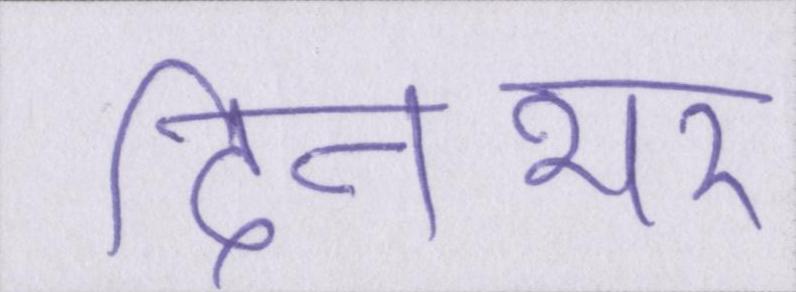
दिनभर